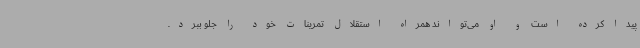
پیدا کرده است و او می‌تواند همراه استقلال تمرینات خود را جلو ببرد.